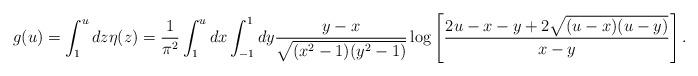
LaTeX: \begin{align*}g(u)=\int_1^udz\eta(z)={1\over \pi^2}\int^u_1dx\int_{-1}^1dy{y-x\over \sqrt{(x^2-1)(y^2-1)}}\log\left[{2u-x-y+2\sqrt{(u-x)(u-y)}\over x-y}\right].\end{align*}